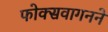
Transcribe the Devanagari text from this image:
फोक्सवागनने